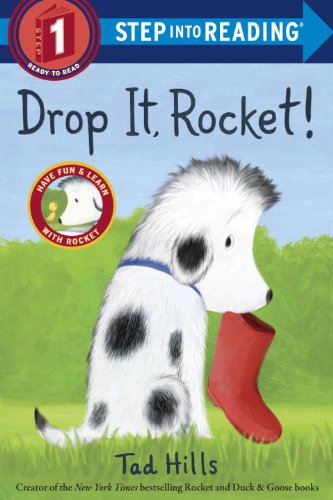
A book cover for Drop It, Rocket! (Step Into Reading, Step 1); Tad Hills; Children's Books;